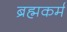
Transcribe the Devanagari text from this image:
ब्रह्मकर्म